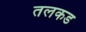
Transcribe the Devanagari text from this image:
तलकड